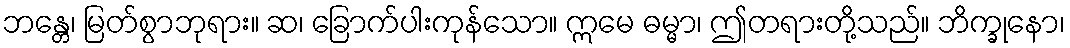
ဘန္တေ၊ မြတ်စွာဘုရား။ ဆ၊ ခြောက်ပါးကုန်သော။ ဣမေ ဓမ္မာ၊ ဤတရားတို့သည်။ ဘိက္ခုနော၊